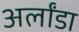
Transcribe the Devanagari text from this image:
अर्लांडा